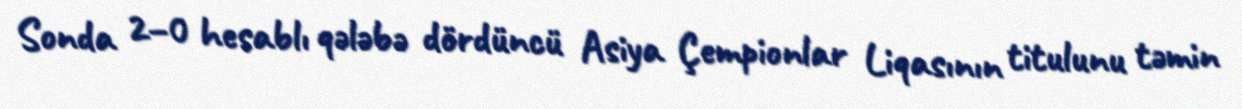
Sonda 2–0 hesablı qələbə dördüncü Asiya Çempionlar Liqasının titulunu təmin